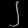
Digit: ၂